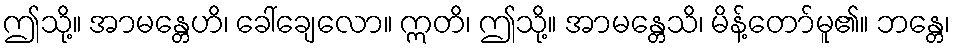
ဤသို့။ အာမန္တေဟိ၊ ခေါ်ချေလော။ ဣတိ၊ ဤသို့။ အာမန္တေသိ၊ မိန့်တော်မူ၏။ ဘန္တေ၊